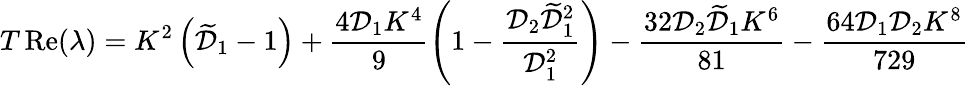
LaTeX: T\operatorname{Re}(\lambda)=K^{2}\left(\widetilde{\mathcal{D}}_{1}-1\right)+\frac{4\mathcal{D}_{1}K^{4}}{9}\left(1-\frac{\mathcal{D}_{2}\widetilde{\mathcal{D}}_{1}^{2}}{\mathcal{D}_{1}^{2}}\right)-\frac{32\mathcal{D}_{2}\widetilde{\mathcal{D}}_{1}K^{6}}{81}-\frac{64\mathcal{D}_{1}\mathcal{D}_{2}K^{8}}{729}